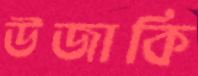
উজাকি